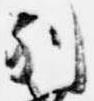
別